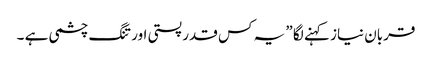
قربان نیاز کہنے لگا ” یہ کس قدر پستی اور تنگ چشمی ہے ۔